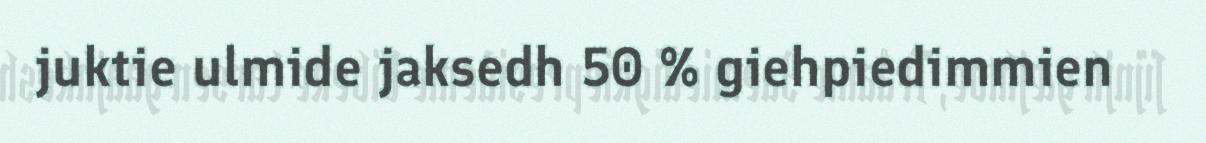
juktie ulmide jaksedh 50 % giehpiedimmien